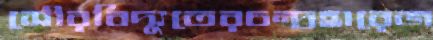
সৌরবিদ্যুতেরচন্দ্রহারেজ